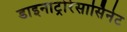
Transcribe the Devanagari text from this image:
डाइनाट्रोरेसार्सिनेट